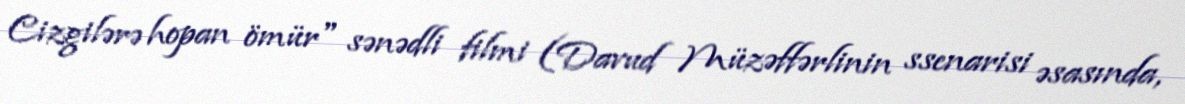
Cizgilərə hopan ömür" sənədli filmi (Davud Müzəffərlinin ssenarisi əsasında,